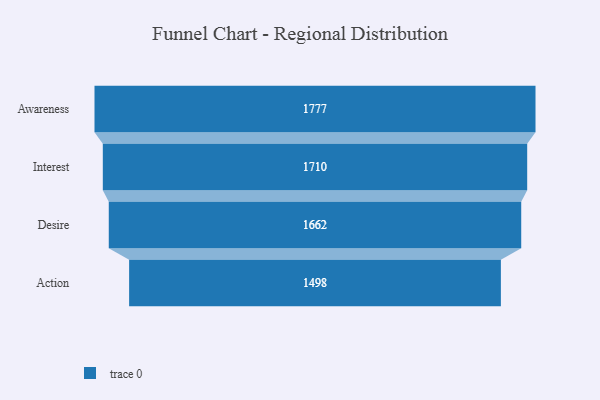
{"axis": {"x": "Stage", "y": "Value"}, "legend": [""], "data": [{"x": "Awareness", "y": 1777.0, "type": ""}, {"x": "Interest", "y": 1710.0, "type": ""}, {"x": "Desire", "y": 1662.0, "type": ""}, {"x": "Action", "y": 1498.0, "type": ""}]}